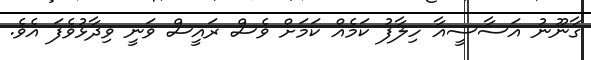
ގާނޫނު އަސާސީއާ ހިލާފު ކަމެއް ކަމަށް ވެސް ރައީސް ވަނީ ވިދާޅުވެފަ އެވެ.